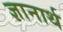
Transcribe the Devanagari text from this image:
ज्ञानार्थ